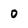
Character: 0